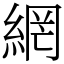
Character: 網